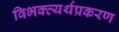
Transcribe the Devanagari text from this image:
विभक्त्यर्थप्रकरण